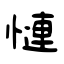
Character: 慩